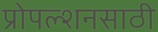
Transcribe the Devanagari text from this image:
प्रोपल्शनसाठी